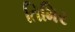
તિમિર